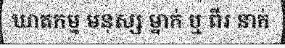
ឃាតកម្ម មនុស្ស ម្នាក់ ឬ ពីរ នាក់